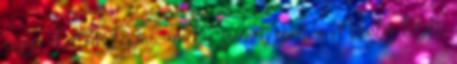
vissza akartam lépni, amikor szemet szúrt a Mikulás letolt